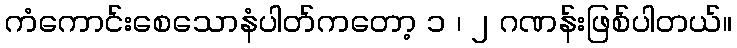
ကံကောင်းစေသောနံပါတ်ကတော့ ၁ ၊ ၂ ဂဏန်းဖြစ်ပါတယ်။